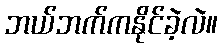
ဘယ်ဘက်ကနိုင်ခဲ့လဲ။